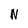
Character: N